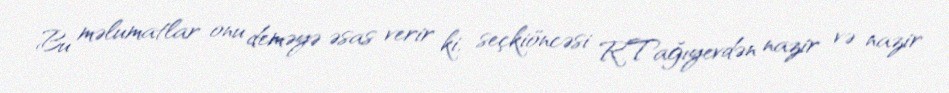
Bu məlumatlar onu deməyə əsas verir ki, seçkiöncəsi R.Tağıyevdən nazir və nazir